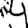
Digit: 4